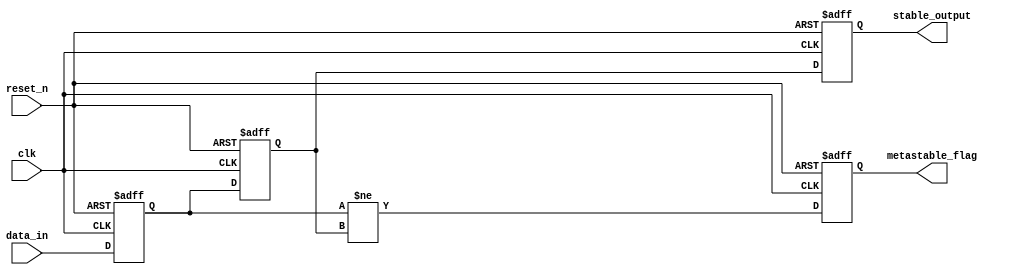
module metastability_detector (
    input wire clk,            // Clock signal
    input wire reset_n,       // Active low asynchronous reset
    input wire data_in,       // Asynchronous input signal
    output reg metastable_flag,// Metastability detection flag
    output reg stable_output   // Synchronized output
);

    // Internal signals for flip-flops
    reg ff1_output;
    reg ff2_output;

    // Flip-flops to synchronize the input signal
    always @(posedge clk or negedge reset_n) begin
        if (!reset_n) begin
            ff1_output <= 1'b0; // Initialize FF1 to 0
        end else begin
            ff1_output <= data_in; // Capture data_in on rising edge of clk
        end
    end

    always @(posedge clk or negedge reset_n) begin
        if (!reset_n) begin
            ff2_output <= 1'b0; // Initialize FF2 to 0
        end else begin
            ff2_output <= ff1_output; // Capture FF1 output on rising edge of clk
        end
    end

    // Metastability detection logic
    always @(posedge clk or negedge reset_n) begin
        if (!reset_n) begin
            metastable_flag <= 1'b0; // Reset metastable_flag
            stable_output <= 1'b0;    // Reset stable_output
        end else begin
            metastable_flag <= (ff1_output != ff2_output); // Detect metastability
            stable_output <= ff2_output; // Synchronized output from FF2
        end
    end

endmodule